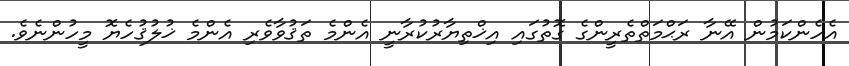
އެހެންކަމުން އޭނާ ރަޙްމަތްތެރީންގެ ގޮތުގައި އިޚްތިޔާރުކުރާނީ އެންމެ ތަޤުވާވެރި އެންމެ ޚުލުޤުހެޔޮ މީހުންނެވެ.